Vaccine operations Central Provinces & Berar 1912-1920 - 1912-1920
Year: 1912
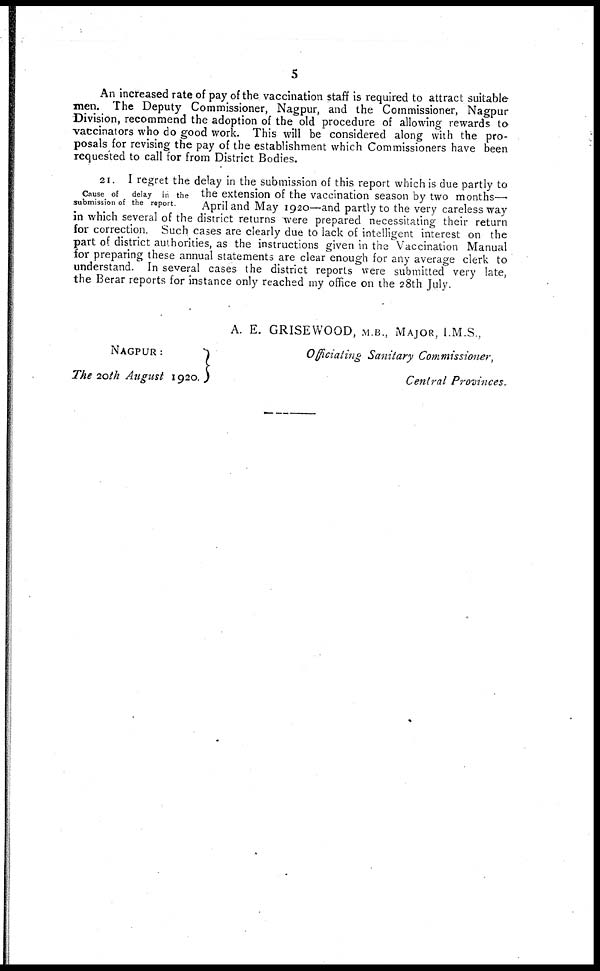
5
An increased rate of pay of the vaccination staff is required to attract suitable
men. The Deputy Commissioner, Nagpur, and the Commissioner, Nagpur
Division, recommend the adoption of the old procedure of allowing rewards to
vaccinators who do good work. This will be considered along with the pro-
posals for revising the pay of the establishment which Commissioners have been
requested to call for from District Bodies.
Cause of
delay in the
submission of the report
21. I regret the delay in the submission of this report which is due partly to
the extension of the vaccination season by two months—
April and May 1920—and partly to the very careless way
in which several of the district returns were prepared necessitating their return
for correction. Such cases are clearly due to lack of intelligent interest on the
part of district authorities, as the instructions given in the Vaccination Manual
for preparing these annual statements are clear enough for any average clerk to
understand. In several cases the district reports were submitted very late,
the Berar reports for instance only reached my office on the 28th July.
A. E. GRISEWOOD, M.B., MAJOR, I.M.S,
NAGPUR :
The 20th August 1920.
Officiating Sanitary Commissioner,
Central Provinces.